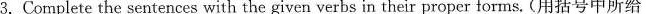
3.Complete the sentences with the given verbs in their proper forms. (用括号中所给